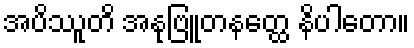
အပိဿူတိ အနုဗြူတနတ္ထေ နိပါတော။